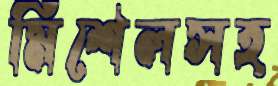
মিশেলসহ